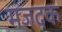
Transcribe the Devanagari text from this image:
मजदक